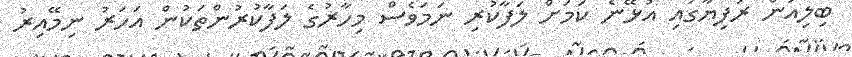
ބިލިއަން ރުފިޔާގައި އުޅޭނެ ކަަމަށް ލަފާކުރި ނަމަވެސް މިހާރުގެ ލަފާކުރުންތަކުން އަހަރު ނިމޭއިރު